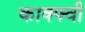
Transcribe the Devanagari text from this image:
काक्फ्वी